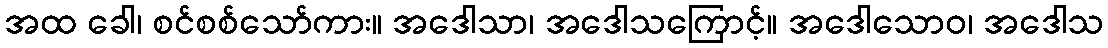
အထ ခေါ၊ စင်စစ်သော်ကား။ အဒေါသာ၊ အဒေါသကြောင့်။ အဒေါသောဝ၊ အဒေါသ